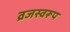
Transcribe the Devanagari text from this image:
व्रजस्वरूप